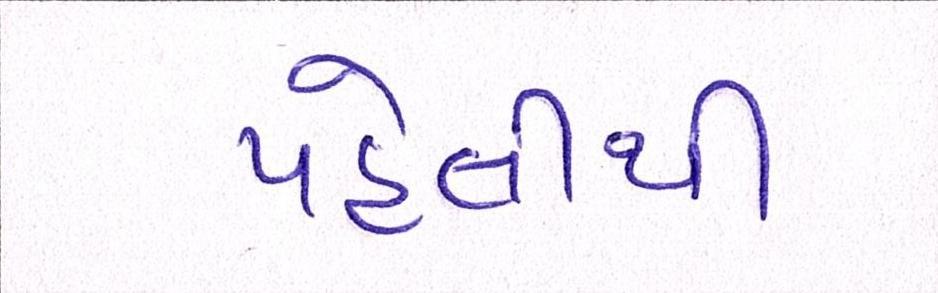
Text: પહેલીથી